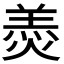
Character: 𦎟